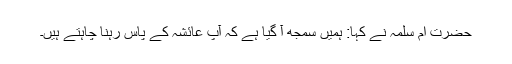
حضرت ام سلمہ نے کہا: ہمیں سمجھ آ گیا ہے کہ آپ عائشہ کے پاس رہنا چاہتے ہیں۔